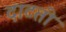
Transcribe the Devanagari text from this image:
दाटती